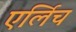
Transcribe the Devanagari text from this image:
एर्लिच